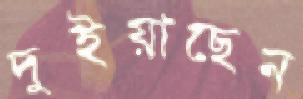
দুইয়াছেন